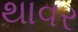
થાવર